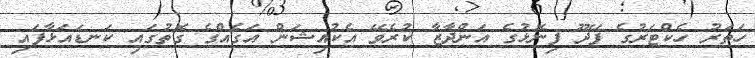
ހަތަރު ހެކްޓަރުގެ ފޭދޫ ފިނޮޅުގެ އަންދާޒާ ކުރެވޭ އެކުއިޝަން އަގެއްގެ ގޮތުގައި ކަނޑައަޅާފައި